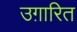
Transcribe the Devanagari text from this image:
उग़ारित